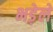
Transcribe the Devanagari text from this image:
भड़ेले